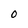
Character: 0